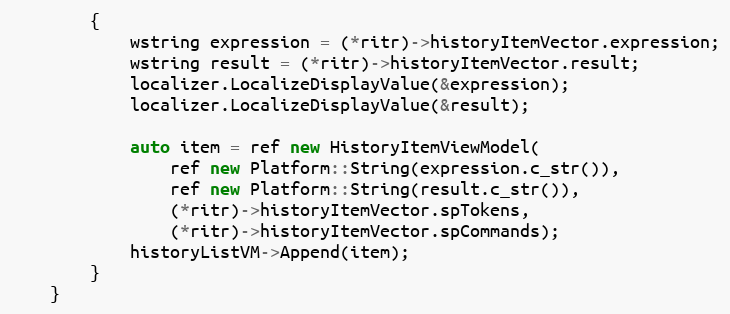
Language: C++
        {
            wstring expression = (*ritr)->historyItemVector.expression;
            wstring result = (*ritr)->historyItemVector.result;
            localizer.LocalizeDisplayValue(&expression);
            localizer.LocalizeDisplayValue(&result);

            auto item = ref new HistoryItemViewModel(
                ref new Platform::String(expression.c_str()),
                ref new Platform::String(result.c_str()),
                (*ritr)->historyItemVector.spTokens,
                (*ritr)->historyItemVector.spCommands);
            historyListVM->Append(item);
        }
    }